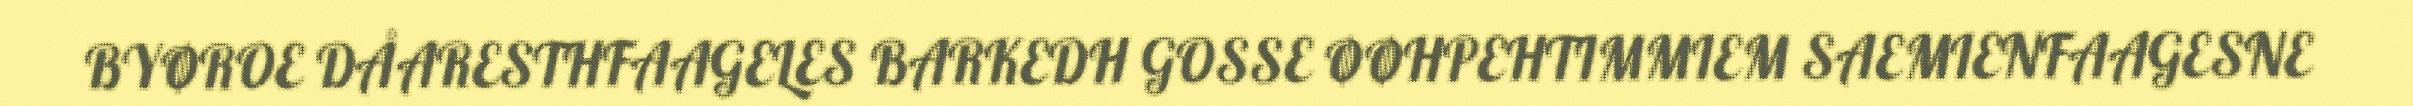
BYØROE DÅARESTHFAAGELES BARKEDH GOSSE ØØHPEHTIMMIEM SAEMIENFAAGESNE